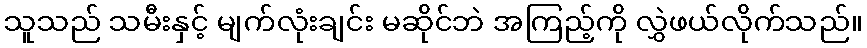
သူသည် သမီးနှင့် မျက်လုံးချင်း မဆိုင်ဘဲ အကြည့်ကို လွှဲဖယ်လိုက်သည်။